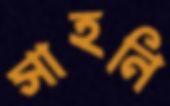
সাহনি